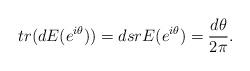
LaTeX: \begin{align*}tr (dE(e^{i\theta}))=dsrE(e^{i\theta})=\frac{d\theta}{2\pi}.\end{align*}